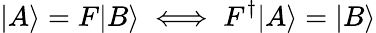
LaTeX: |A\rangle=F|B\rangle\iff F^{\dagger}|A\rangle=|B\rangle